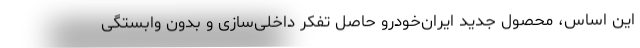
این اساس، محصول جدید ایران‌خودرو حاصل تفکر داخلی‌سازی و بدون وابستگی